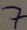
Text: 7